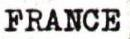
FRANCE